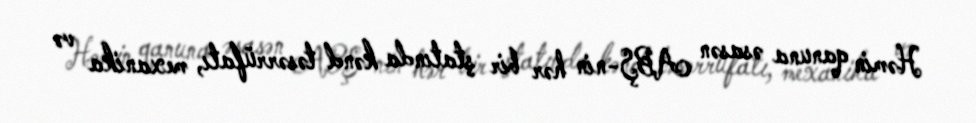
Həmin qanuna əsasən ABŞ-nin hər bir ştatında kənd təsərrüfatı, mexanika və